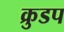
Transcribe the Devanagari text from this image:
क्रुडप